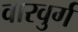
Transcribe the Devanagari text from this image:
वारवुर्ग